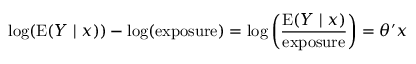
\log ( \operatorname { E } ( Y \mid x ) ) - \log ( { \mathrm { e x p o s u r e } } ) = \log \left( { \frac { \operatorname { E } ( Y \mid x ) } { \mathrm { e x p o s u r e } } } \right) = \theta ^ { \prime } x